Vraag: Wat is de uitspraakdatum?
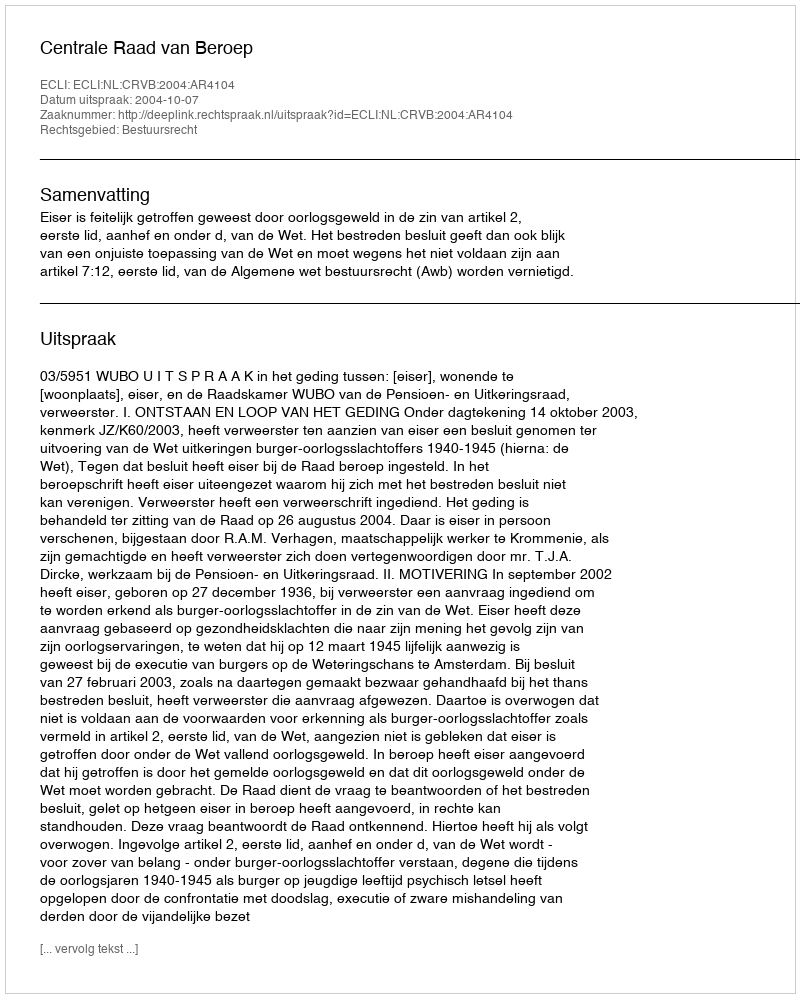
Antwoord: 2004-10-07